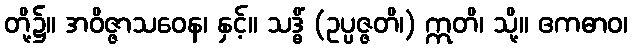
တို့၌။ အဝိဇ္ဇာသဝေန၊ နှင့်။ သဒ္ဓိံ (ဥပ္ပဇ္ဇတိ၊) ဣတိ၊ သို့။ ဧကဓာဝ၊